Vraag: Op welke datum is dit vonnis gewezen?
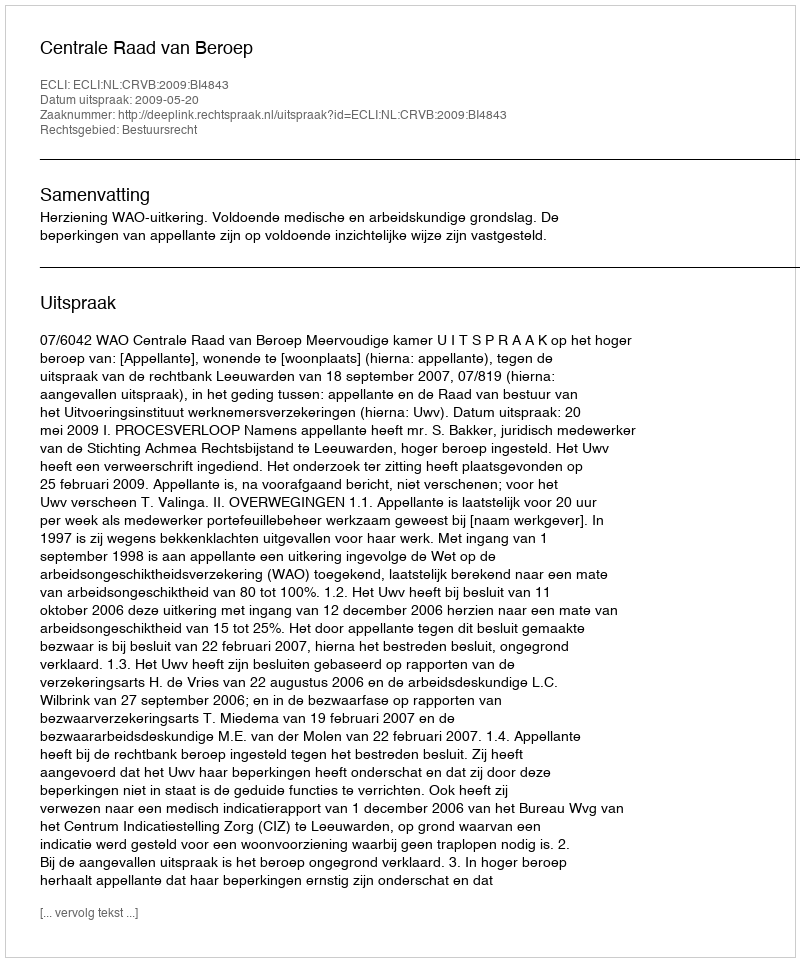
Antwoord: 2009-05-20